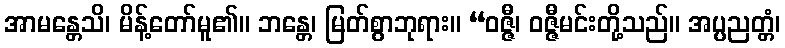
အာမန္တေသိ၊ မိန့်တော်မူ၏။ ဘန္တေ၊ မြတ်စွာဘုရား။ “ဝဇ္ဇီ၊ ဝဇ္ဇီမင်းတို့သည်။ အပ္ပညတ္တံ၊